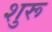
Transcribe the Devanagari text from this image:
शुरू